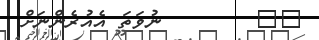
٤٢        ނުވަތަ އެއުރެންނަށް